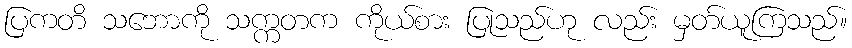
ပြကတိ သဘောကို သက္ကတက ကိုယ်စား ပြုသည်ဟု လည်း မှတ်ယူကြသည်။